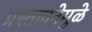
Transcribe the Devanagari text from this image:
प्रस्तावनेमुळे